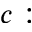
c :